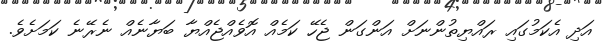
އަދި އެކަމުގައި ރައްޔިތުންނަށް އަންގަން ޖެހޭ ކަމެއް އޮވެއްޖެއްޔާ ބަޔާނެއް ނެރޭނެ ކަމަށެވެ.